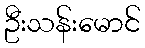
ဦးသန်းမောင်